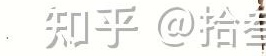
知乎 @拾奎